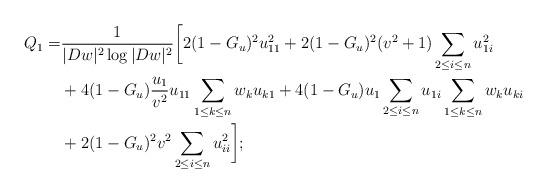
LaTeX: \begin{align*}Q_1=&\frac{1}{|Dw|^2\log|Dw|^2}\bigg[ 2(1-G_u)^2u_{11}^2+2(1-G_u)^2(v^2+1)\sum_{2\leq i\leq n}u_{1i}^2\\&+4(1-G_u)\frac{u_1}{v^2} u_{11}\sum_{1\leq k\leq n}w_ku_{k1}+4(1-G_u)u_1\sum_{2\leq i\leq n}u_{1i}\sum_{1\leq k\leq n}w_ku_{ki}\\&+2(1-G_u)^2v^2\sum_{2\leq i\leq n}u_{ii}^2\bigg];\end{align*}